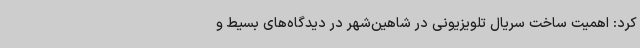
کرد: اهمیت ساخت سریال تلویزیونی در شاهین‌شهر در دیدگاه‌های بسیط و